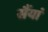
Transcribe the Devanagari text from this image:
सैंयां